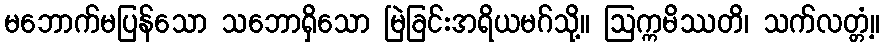
မဘောက်မပြန်သော သဘောရှိသော မြဲခြင်းအရိယမဂ်သို့။ ဩက္ကမိဿတိ၊ သက်လတ္တံ့။